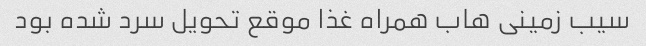
سیب زمینی هاب همراه غذا موقع تحویل سرد شده بود